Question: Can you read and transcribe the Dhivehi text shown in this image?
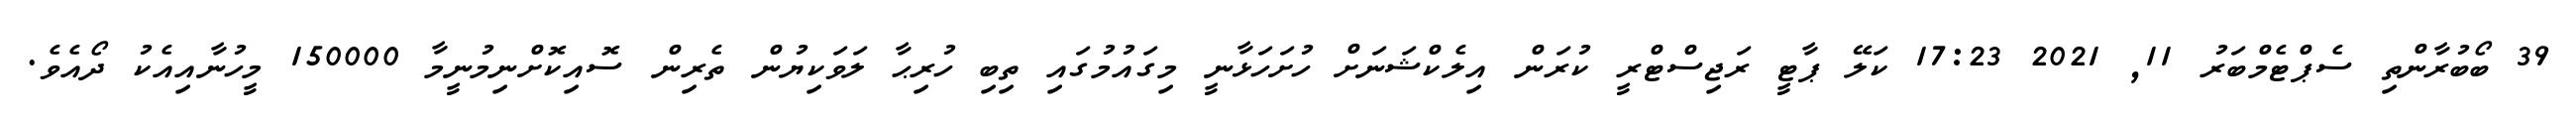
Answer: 39 ބޯބުރާންތި ސެޕްޓެމްބަރު 11, 2021 17:23 ކަލޭ ޕާޓީ ރަޖިސްޓްރީ ކުރަން އިލެކްޝަނަށް ހުށަހަޅާނީ މިގައުމުގައި ތިބި ހުރިޙާ ލަވަކިޔުން ތެރިން ސޮއިކޮށްނިމުނީމާ 150000 މީހުނާއިއެކު ދޯއެވެ.